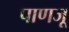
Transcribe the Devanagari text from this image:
पाणजू